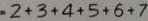
2 + 3 + 4 + 5 + 6 + 7